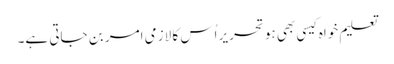
تعلیم خواہ کیسی بھی ہو تحریر اُس کا لازمی امر بن جاتی ہے۔